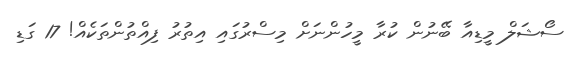
ސޯޝަލް މީޑިއާ ބޭނުން ކުރާ މީހުންނަށް މިސްރުގައި އިތުރު ފިއްތުންތަކެއް! 17 ގަޑި